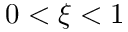
0 < \xi < 1